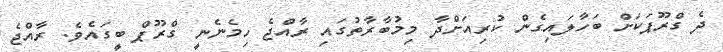
ދެ ގްރޫޕަކަށް ބަހާލައިގެން ކުރިއަށްދާ މިމުބާރާތުގައި ރާއްޖެ ހިމެނެނީ ގްރޫޕް ބީގައެވެ. ރާއްޖެ